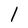
Character: l